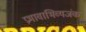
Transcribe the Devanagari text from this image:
प्रभावाभिव्यजंक